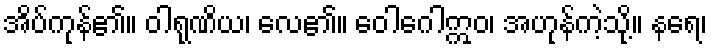
အိပ်ကုန်၏။ ဝါရုဏိယ၊ လေ၏။ ဝေါဂေါဣဝ၊ အဟုန်ကဲ့သို့။ နရေ၊